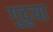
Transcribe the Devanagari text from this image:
गुदुया